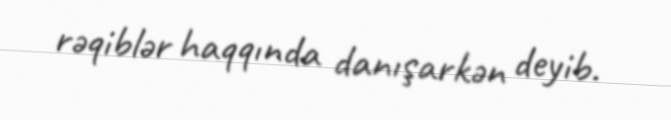
rəqiblər haqqında danışarkən deyib.